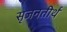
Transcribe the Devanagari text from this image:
सृजनतीर्थ